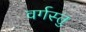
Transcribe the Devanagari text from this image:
वर्गस्तु